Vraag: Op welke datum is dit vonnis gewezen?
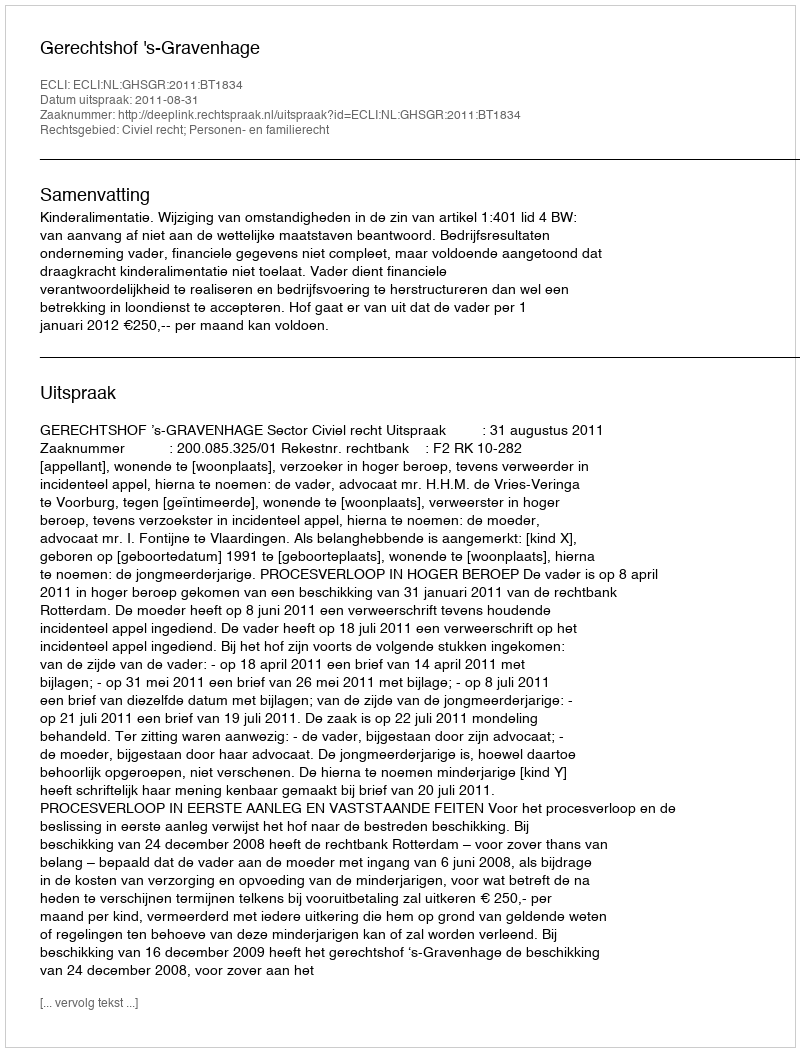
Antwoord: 2011-08-31